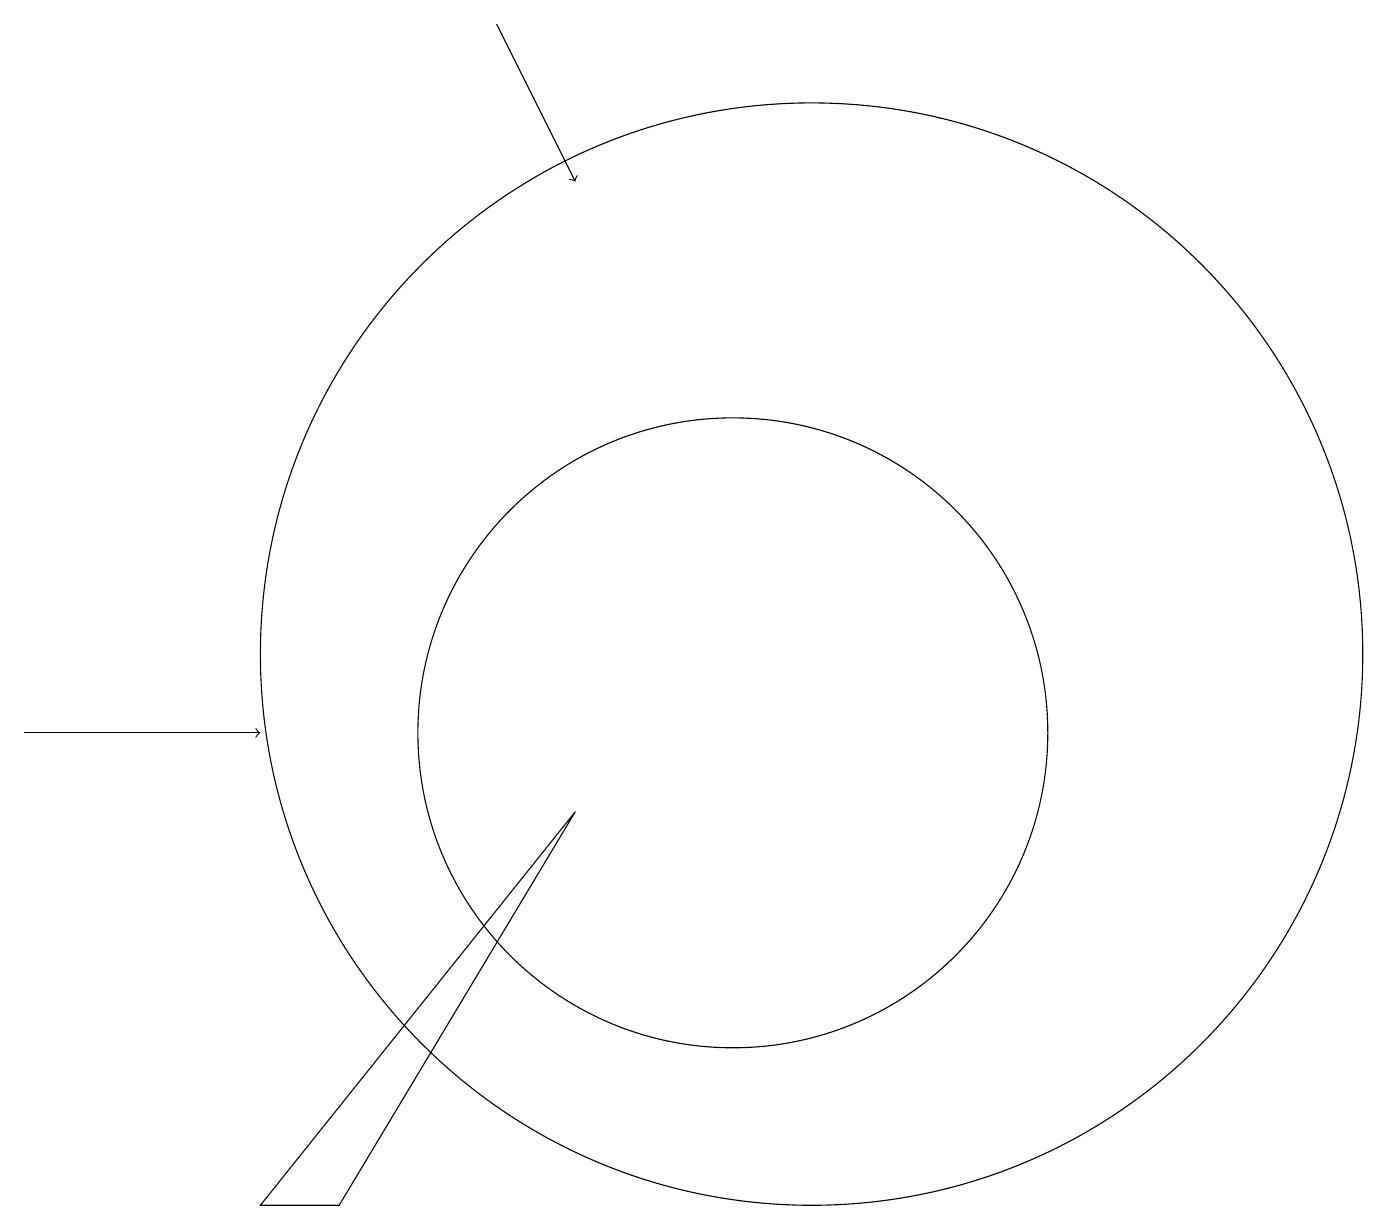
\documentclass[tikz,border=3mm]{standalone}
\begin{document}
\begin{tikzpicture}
\draw[->] (1,10) -- (4,10);
\draw[->] (7,19) -- (8,17);
\draw (11,11) circle (7);
\draw (10,10) circle (4);
\draw (8,9) -- (4,4) -- (5,4) -- cycle;
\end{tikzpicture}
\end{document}